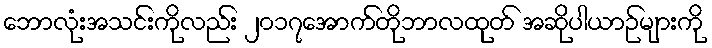
ဘောလုံးအသင်းကိုလည်း ၂၀၁၇အောက်တိုဘာလထုတ် အဆိုပါယာဉ်များကို